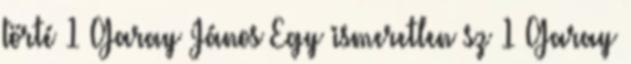
törté 1 Garay János Egy ismeretlen sz 1 Garay